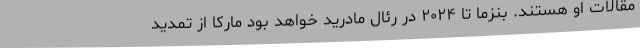
مقالات او هستند. بنزما تا ۲۰۲۴ در رئال مادرید خواهد بود مارکا از تمدید